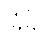
ခြုံခို